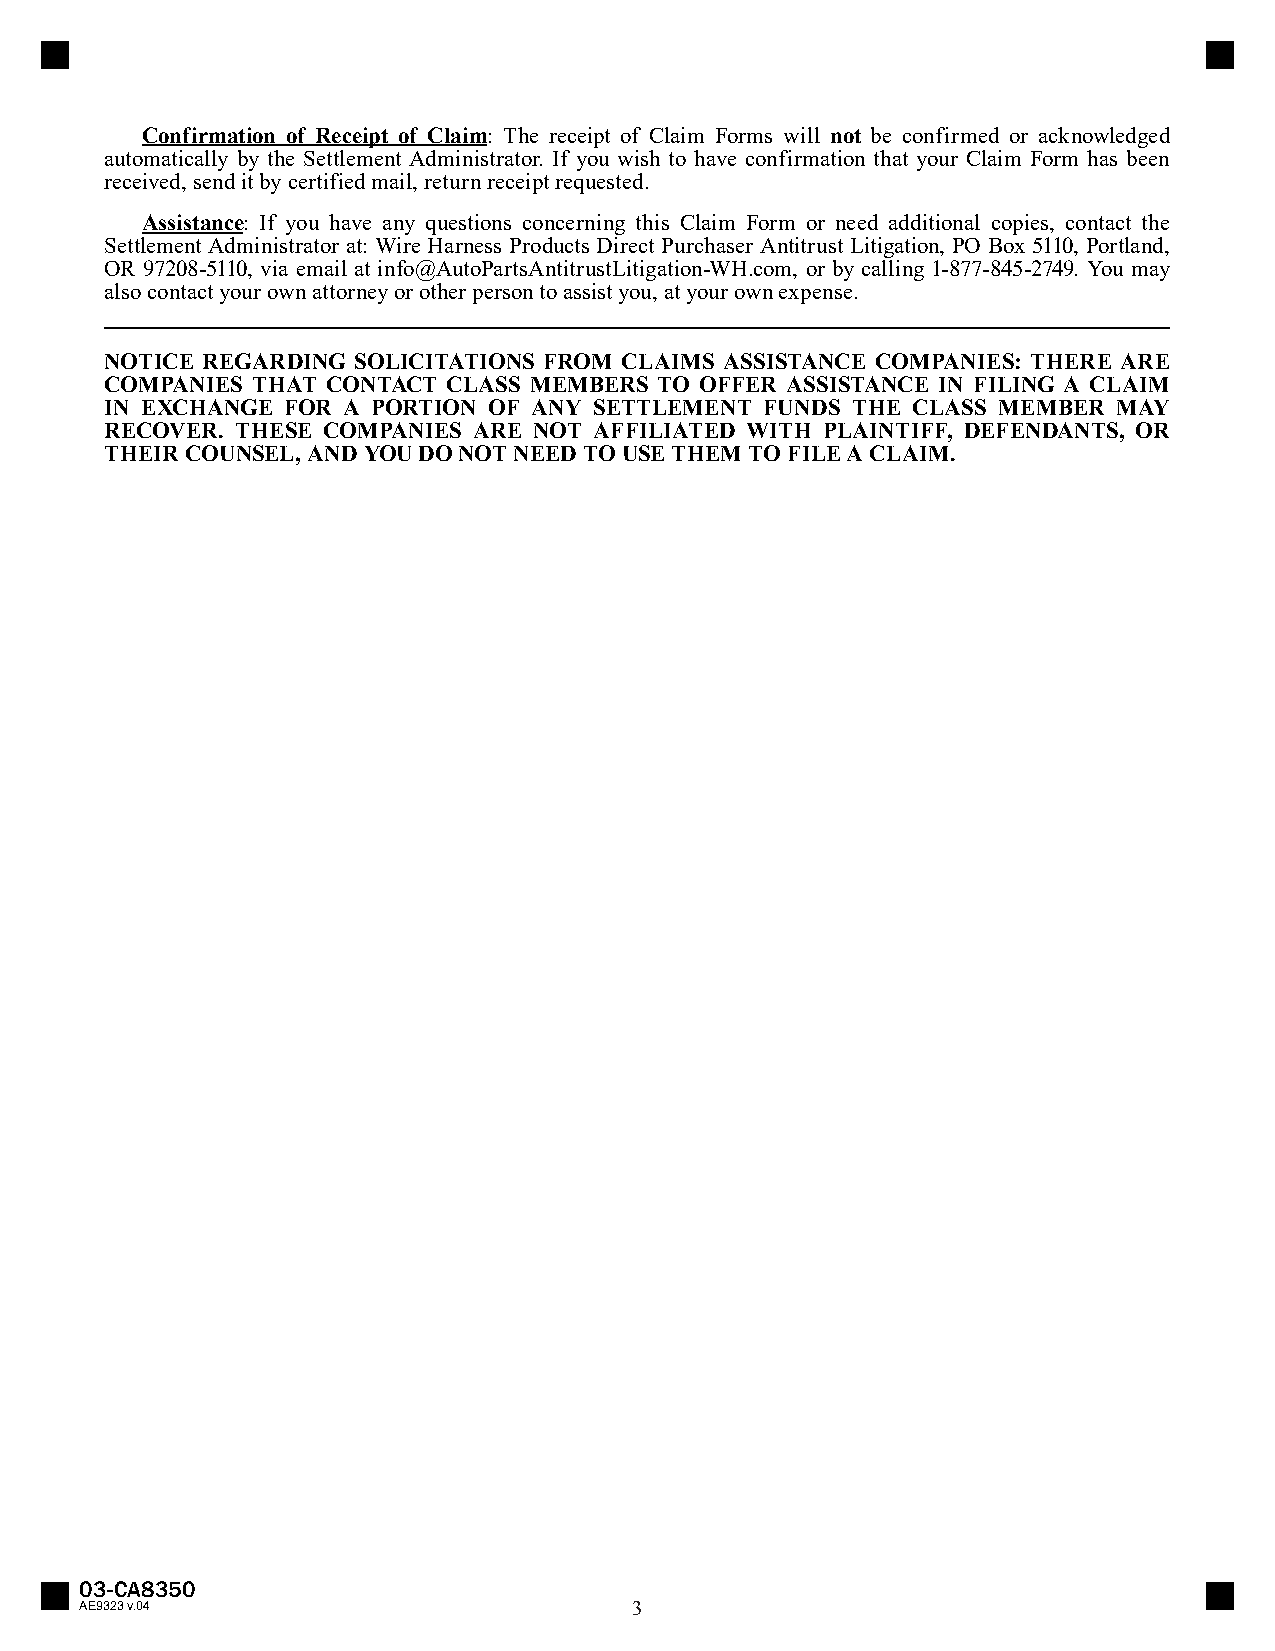
Confirmation of Receipt of Claim: The receipt of Claim Forms will not be confirmed or acknowledged
 automatically by the Settlement Administrator. If you wish to have confirmation that your Claim Form has been
 received, send it by certified mail, return receipt requested.
 Assistance: If you have any questions concerning this Claim Form or need additional copies, contact the
 Settlement Administrator at: Wire Harness Products Direct Purchaser Antitrust Litigation, PO Box 5110, Portland,
 OR 97208-5110, via email at info@AutoPartsAntitrustLitigation-WH.com, or by calling 1-877-845-2749. You may
 also contact your own attorney or other person to assist you, at your own expense.
 NOTICE REGARDING SOLICITATIONS FROM CLAIMS ASSISTANCE COMPANIES: THERE ARE
 COMPANIES THAT CONTACT CLASS MEMBERS TO OFFER ASSISTANCE IN FILING A CLAIM
 IN EXCHANGE FOR A PORTION OF ANY SETTLEMENT FUNDS THE CLASS MEMBER MAY
 RECOVER. THESE COMPANIES ARE NOT AFFILIATED WITH PLAINTIFF, DEFENDANTS, OR
 THEIR COUNSEL, AND YOU DO NOT NEED TO USE THEM TO FILE A CLAIM.
 03-CA8350
 AE9323 v.04                          3